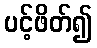
ပင့်ဖိတ်၍